38_143685_box7_Incident_Summaries_1-100
Agency: Department of War
Page 5
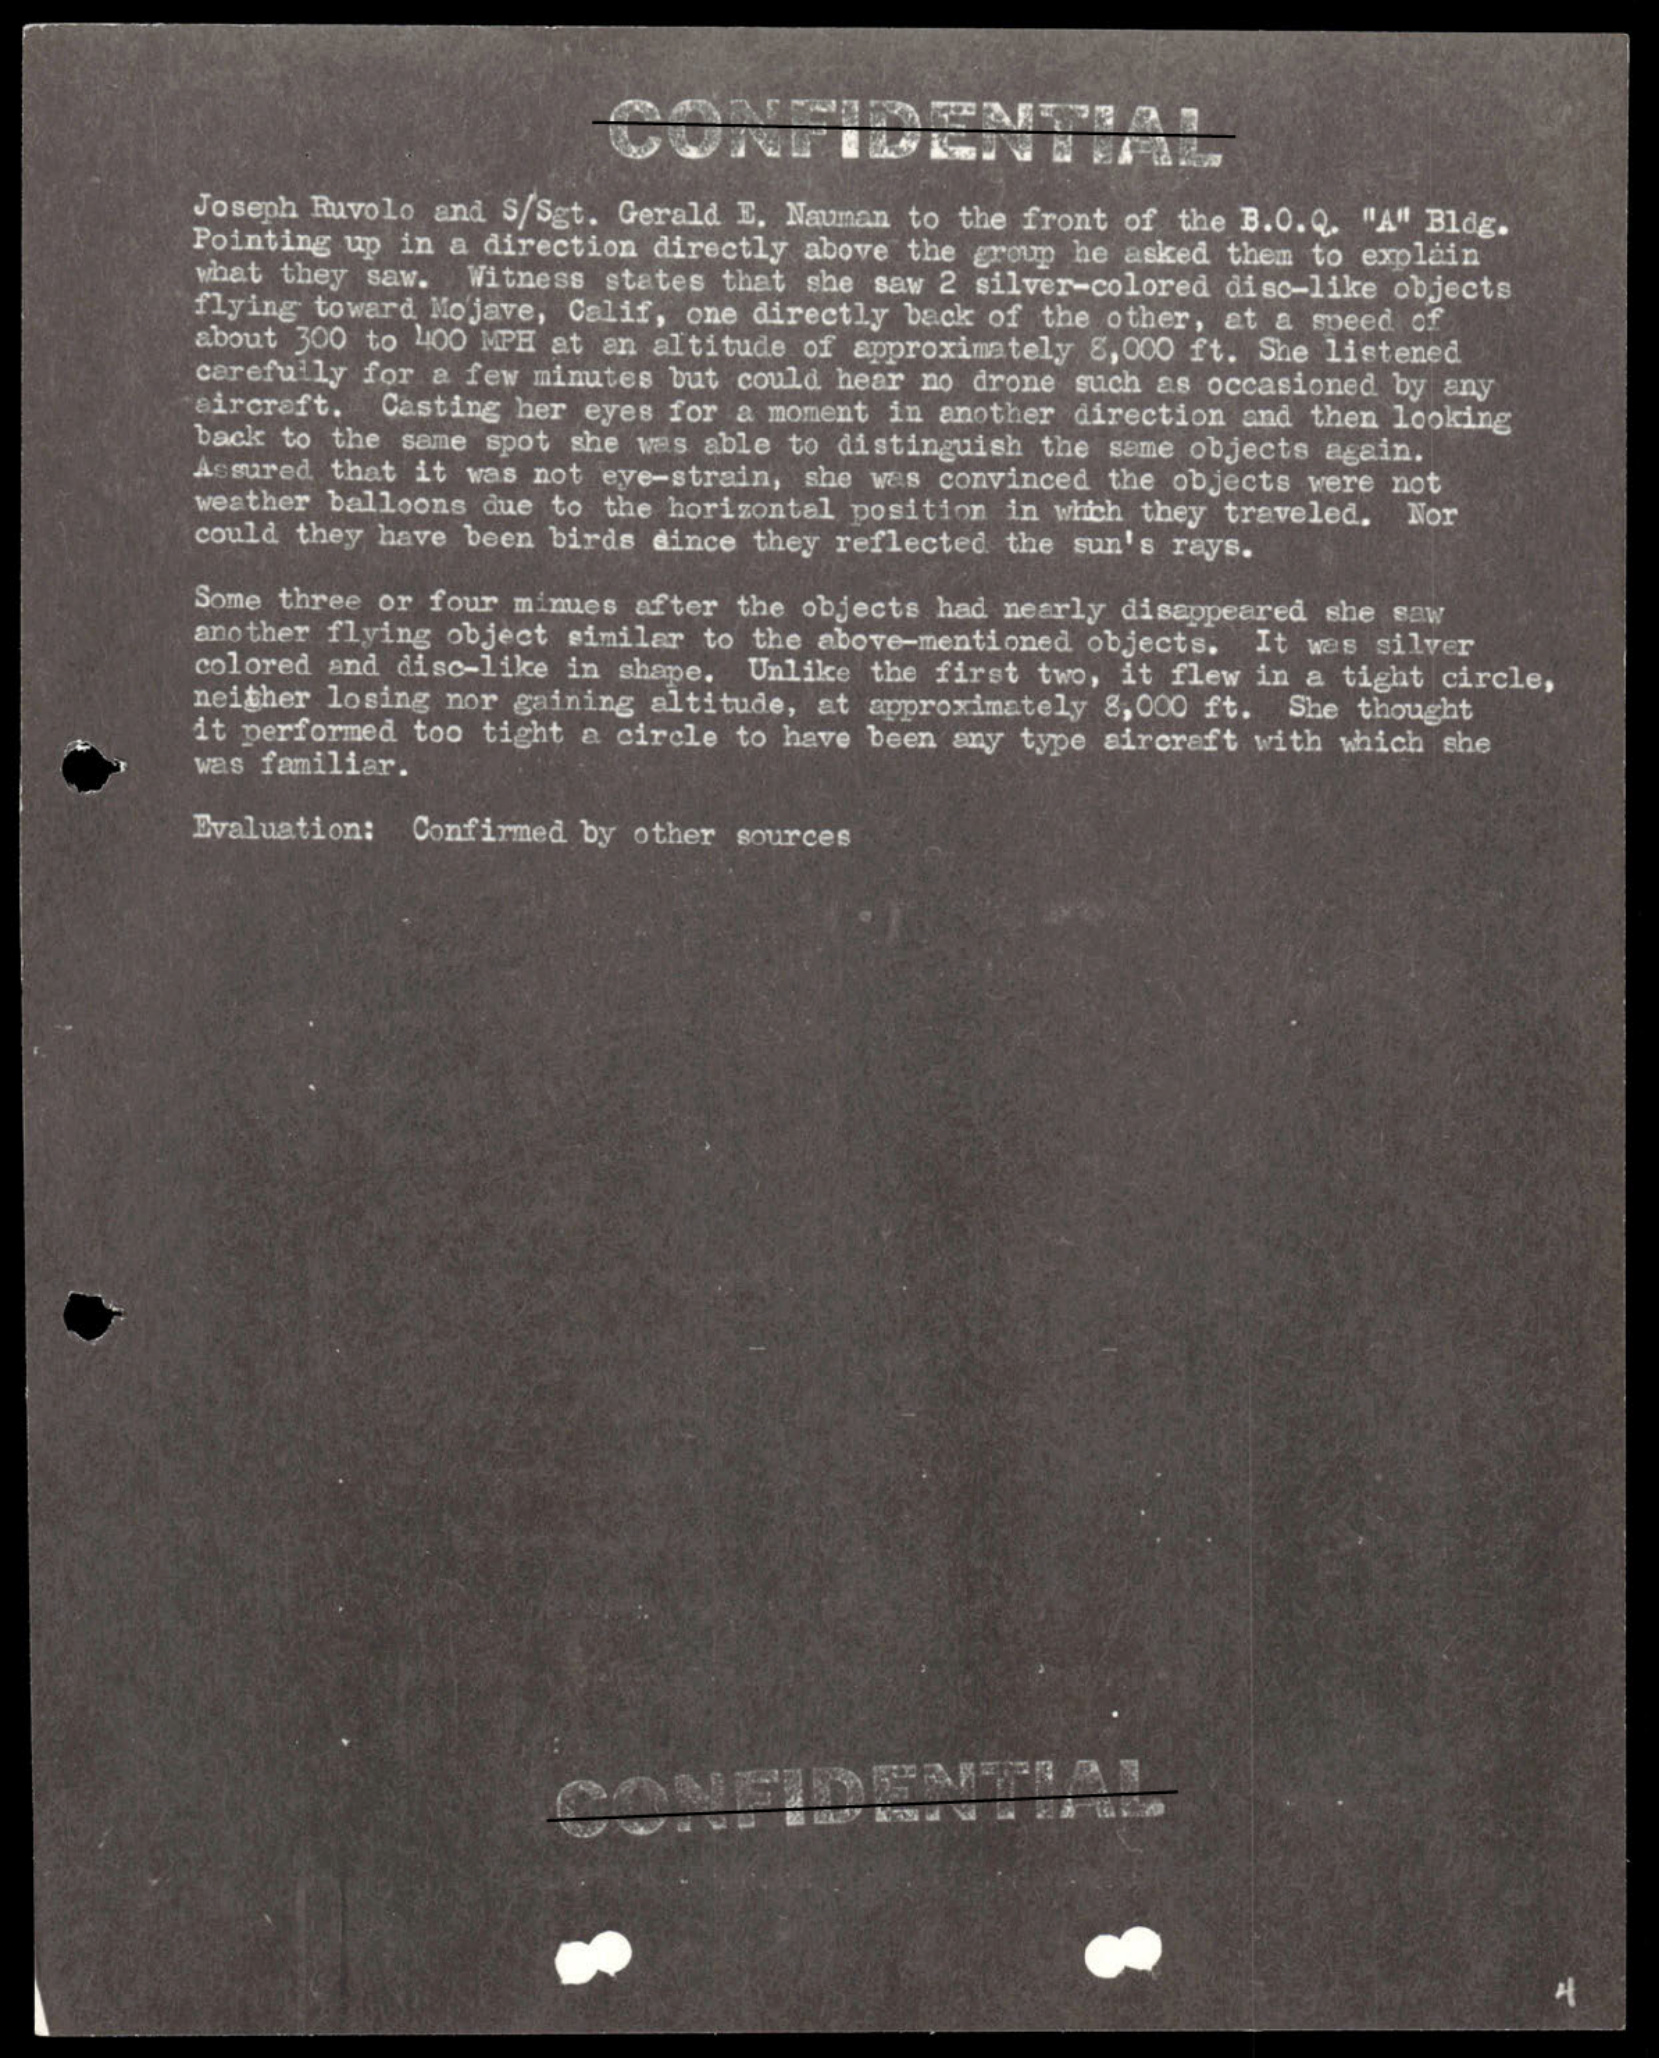